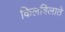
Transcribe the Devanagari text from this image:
किलबिलाते